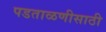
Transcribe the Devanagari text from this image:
पडताळणीसाठी